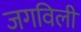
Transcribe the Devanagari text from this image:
जगविली